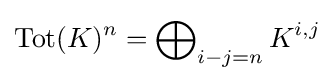
\operatorname {Tot} (K)^{n}=\bigoplus \nolimits _{i-j=n}K^{i,j}